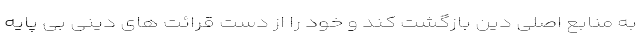
به منابع اصلی دین بازگشت کند و خود را از دست قرائت های دینی بی پایه